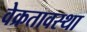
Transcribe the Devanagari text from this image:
वेक्रतावस्था